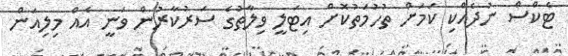
ޓެކްސް ނުދެއްކި ކަމަށް ތުހުމަތުކޮށް އިޓަލީ ވިލާތުގެ ސަރުކާރުން ވަނީ އެއް މިލިއަން